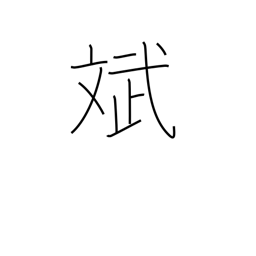
Meaning: harmony of appearance